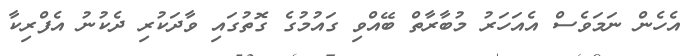
އެހެން ނަމަވެސް އެއަހަރު މުބާރާތް ބޭއްވި ގައުމުގެ ގޮތުގައި ވާދަކުރި ދެކުނު އެފްރިކާ